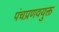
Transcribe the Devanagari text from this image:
पंचप्रणवयुक्त